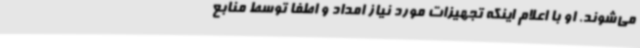
می‌شوند. او با اعلام اینکه تجهیزات مورد نیاز امداد و اطفا توسط منابع